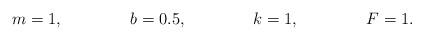
LaTeX: \begin{align*}m &= 1, &b &= 0.5, &k &= 1, &F &= 1.\end{align*}